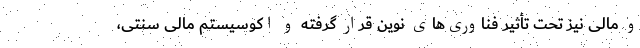
و مالی نیز تحت تأثیر فناوری‌های نوین قرار گرفته‌ و اکوسیستم مالی سنتی،